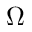
\Omega